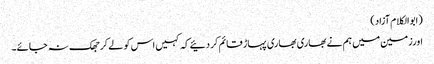
(ابوالکلام آزاد)
اورزمین میں ہم نے بھاری بھاری پہاڑ قائم کردئیے کہ کہیں اس کو لے کر جھک نہ جائے۔